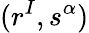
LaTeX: (r^{I},s^{\alpha})